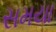
સમયા